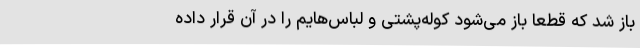
باز شد که قطعاً باز می‌شود کوله‌پشتی و لباس‌هایم را در آن قرار داده